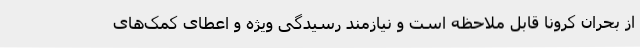
از بحران کرونا قابل ملاحظه است و نیازمند رسیدگی ویژه و اعطای کمک‌های